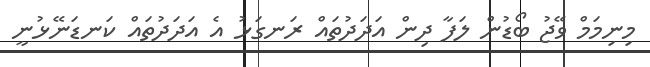
މިނިމަމް ވޭޖު ބޯޑުން ލަފާ ދިން އަދަދުތައް ރަނގަޅު އެ އަދަދުތައް ކަނޑަނޭޅުނީ